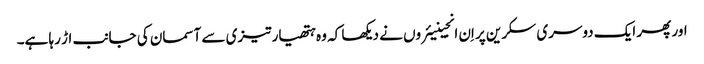
اور پھر ایک دوسری سکرین پر اِن انجینیئروں نے دیکھا کہ وہ ہتھیار تیزی سے آسمان کی جانب اڑ رہا ہے۔